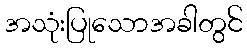
အသုံးပြုသောအခါတွင်